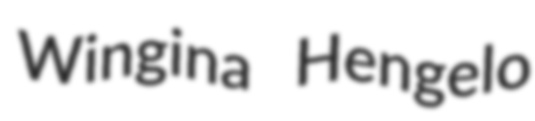
Wingina Hengelo